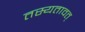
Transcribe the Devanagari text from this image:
तस्यतावत्